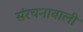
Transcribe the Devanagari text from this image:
संरचनावाली